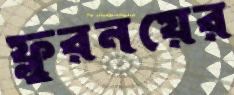
ফ্লুরনয়ের